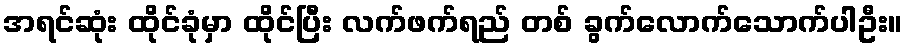
အရင်ဆုံး ထိုင်ခုံမှာ ထိုင်ပြီး လက်ဖက်ရည် တစ် ခွက်လောက်သောက်ပါဦး။